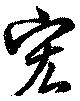
宏